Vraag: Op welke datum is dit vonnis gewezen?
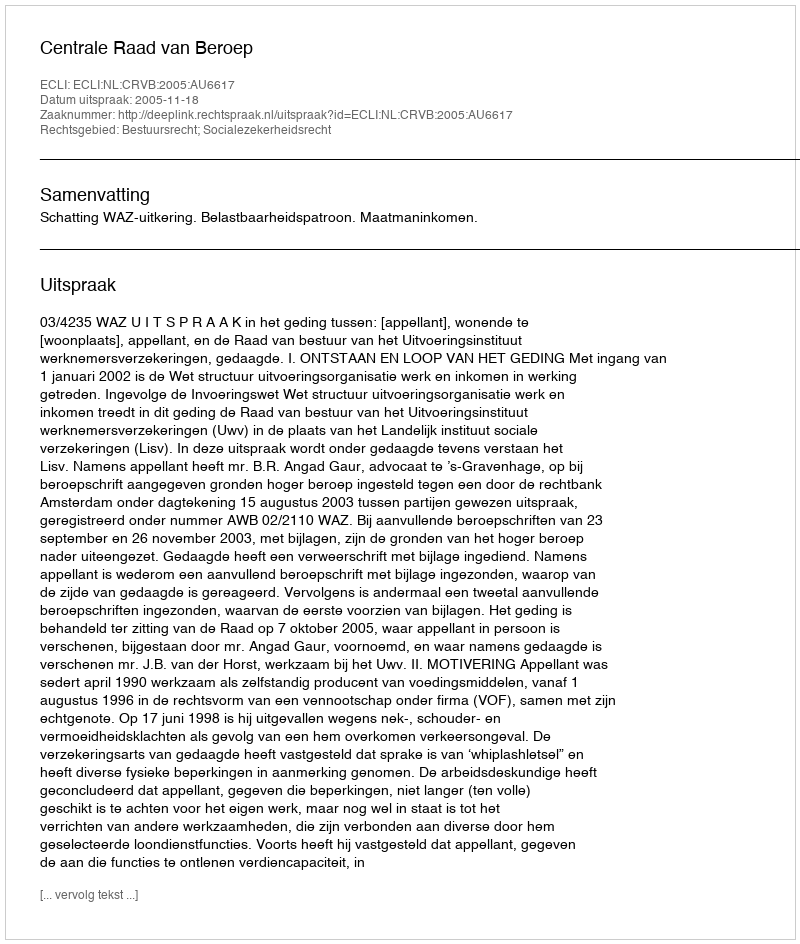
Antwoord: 2005-11-18